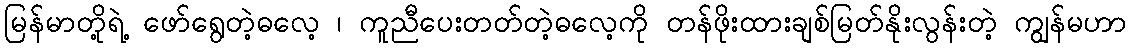
မြန်မာတို့ရဲ့ ဖော်ရွေတဲ့ဓလေ့ ၊ ကူညီပေးတတ်တဲ့ဓလေ့ကို တန်ဖိုးထားချစ်မြတ်နိုးလွန်းတဲ့ ကျွန်မဟာ